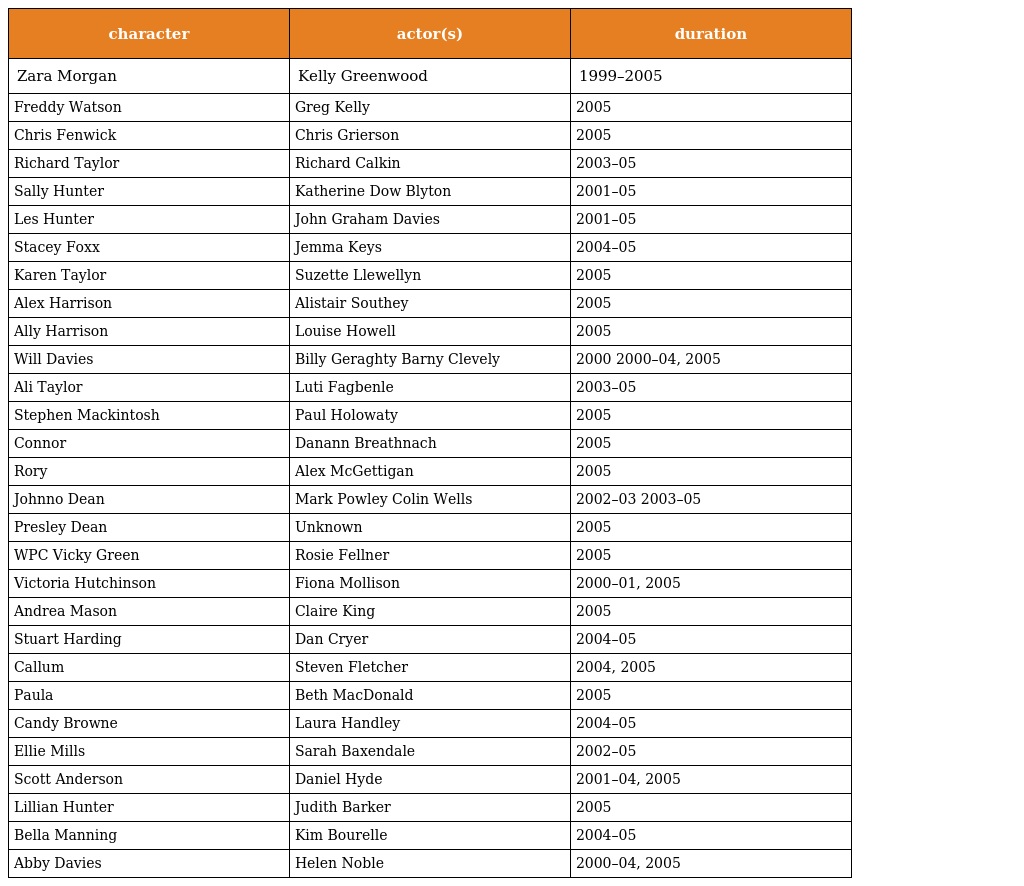
| character | actor(s) | duration |
 | --- | --- | --- |
 | Zara Morgan | Kelly Greenwood | 1999–2005 |
 | Freddy Watson | Greg Kelly | 2005 |
 | Chris Fenwick | Chris Grierson | 2005 |
 | Richard Taylor | Richard Calkin | 2003–05 |
 | Sally Hunter | Katherine Dow Blyton | 2001–05 |
 | Les Hunter | John Graham Davies | 2001–05 |
 | Stacey Foxx | Jemma Keys | 2004–05 |
 | Karen Taylor | Suzette Llewellyn | 2005 |
 | Alex Harrison | Alistair Southey | 2005 |
 | Ally Harrison | Louise Howell | 2005 |
 | Will Davies | Billy Geraghty Barny Clevely | 2000 2000–04, 2005 |
 | Ali Taylor | Luti Fagbenle | 2003–05 |
 | Stephen Mackintosh | Paul Holowaty | 2005 |
 | Connor | Danann Breathnach | 2005 |
 | Rory | Alex McGettigan | 2005 |
 | Johnno Dean | Mark Powley Colin Wells | 2002–03 2003–05 |
 | Presley Dean | Unknown | 2005 |
 | WPC Vicky Green | Rosie Fellner | 2005 |
 | Victoria Hutchinson | Fiona Mollison | 2000–01, 2005 |
 | Andrea Mason | Claire King | 2005 |
 | Stuart Harding | Dan Cryer | 2004–05 |
 | Callum | Steven Fletcher | 2004, 2005 |
 | Paula | Beth MacDonald | 2005 |
 | Candy Browne | Laura Handley | 2004–05 |
 | Ellie Mills | Sarah Baxendale | 2002–05 |
 | Scott Anderson | Daniel Hyde | 2001–04, 2005 |
 | Lillian Hunter | Judith Barker | 2005 |
 | Bella Manning | Kim Bourelle | 2004–05 |
 | Abby Davies | Helen Noble | 2000–04, 2005 |